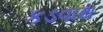
કડવાથ